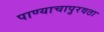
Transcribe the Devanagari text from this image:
पाण्याचापुरवठा